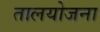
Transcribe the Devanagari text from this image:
तालयोजना